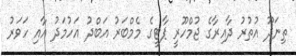
ތިނަދޫ އުތުރު ދާއިރާގެ ޖުމްހޫރީ ޕާޓީގެ މެމްބަރު އަބްދު އަހުމަދު އާއި ހަވަރު